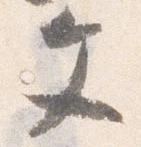
文